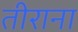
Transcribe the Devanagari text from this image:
तीराना